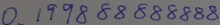
0 . 1 9 9 8 8 8 8 8 8 8 8 8